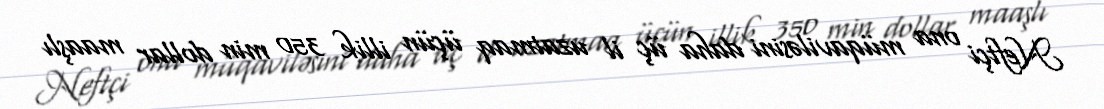
Neftçi ona müqaviləsini daha üç il uzatmaq üçün illik 350 min dollar maaşlı